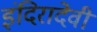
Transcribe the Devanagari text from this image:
इंदिरादेवी